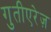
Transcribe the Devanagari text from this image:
गुतीएरेज़